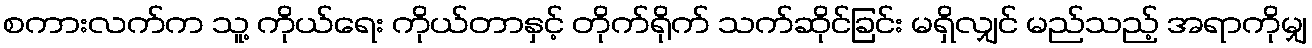
စကားလက်က သူ့ ကိုယ်ရေး ကိုယ်တာနှင့် တိုက်ရိုက် သက်ဆိုင်ခြင်း မရှိလျှင် မည်သည့် အရာကိုမျှ